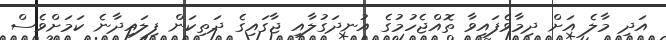
އަދި މާލެ އަށް ދިމާވެފައިވާ ތޮއްޖެހުމުގެ އުނދަގުލާއި ޖާގައިގެ ދަތިކަން ފިލައިދާނެ ކަމަށްވެސް